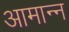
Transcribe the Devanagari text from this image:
आमान्न